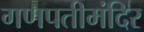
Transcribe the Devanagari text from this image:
गणपतीमंदिर